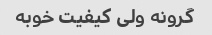
گرونه ولی کیفیت خوبه